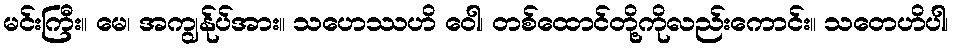
မင်းကြီး။ မေ၊ အကျွန်ုပ်အား။ သဟေဿဟိ ဝေါ၊ တစ်ထောင်တို့ကိုလည်းကောင်း။ သတေဟိပါ၊